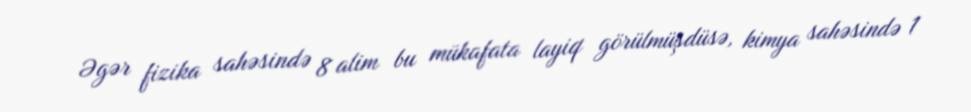
Əgər fizika sahəsində 8 alim bu mükafata layiq görülmüşdüsə, kimya sahəsində 1